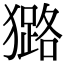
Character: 𤢊